Civil Veterinary Dept. Bombay admin report 1914-1922 - 1914-1922
Year: 1914
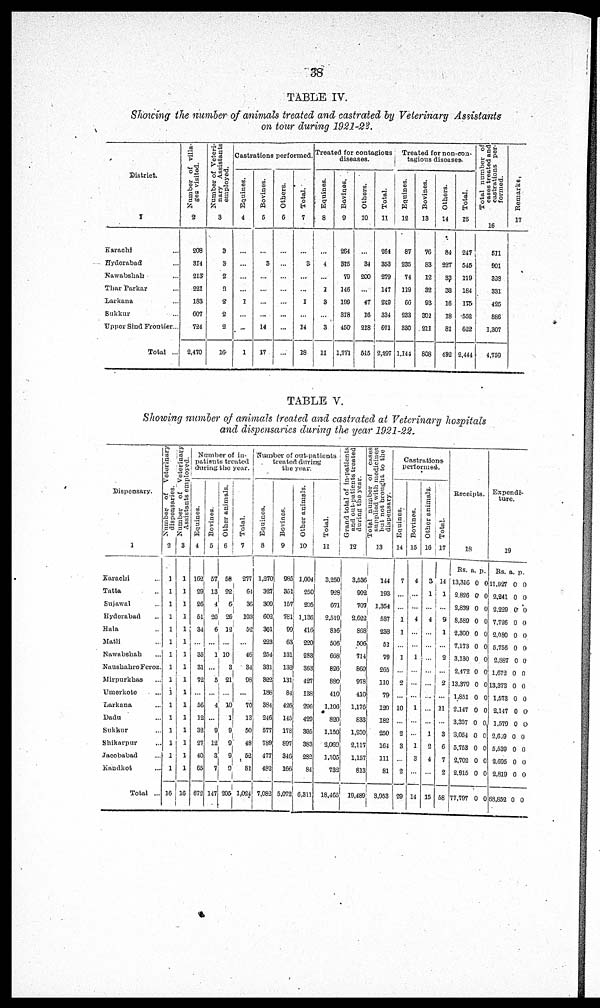
38
TABLE IV.
Showing the number of animals treated and castrated by Veterinary Assistants
on tour during 1921-22.
District.
1
Karachi ...
Hyderabad ...
Nawabshah ...
Thar Parkar ...
Larkana ...
Sukkur ...
Upper Sind Frontier ...
Total ...
Number of villa-
ges visited.
2
208
314
213
221
183
607
724
2,470
Number of Veteri-
nary Assistants
employed.
3
3
3
2
9
2
2
2
16
Castrations performed.
Equines.
4
...
...
...
...
1
...
...
1
Bovines.
5
...
3
...
...
...
...
14
17
Others.
6
...
...
...
...
...
...
...
...
Total.
7
...
3
...
...
1
...
14
18
Treated for contagions
diseases.
Equines.
8
...
4
...
1
3
...
3
11
Bovines.
9
264
315
79
146
199
318
450
1,771
Others.
10
...
34
200
...
47
16
218
515
Total.
11
264
353
279
147
249
334
671
2,297
Treated for non-con-
tagious diseases.
Equines.
12
87
235
74
119
66
233
330
1,144
Bovines.
13
76
83
12
32
93
301
211
808
Others.
14
84
227
33
33
16
18
81
492
Total.
15
247
545
119
184
175
552
622
2,444
Total number of
cases treated and
castrations per-
formed.
16
511
901
398
331
425
886
1,307
4,759
Remarks.
17
TABLE V.
Showing number of animals treated and castrated at Veterinary hospitals
and dispensaries during the year 1921-22.
Dispensary.
1
Karachi ...
Tatta ...
Sujawal ...
Hyderabad ...
Hala ...
Matli ...
Nawabshah ...
Naushahro Feroz.
Mirpurkhas ...
Umerkote ...
Larkana ...
Dadu ...
Sukkur ...
Shikarpur ...
Jacobabad ...
Kandkot ...
Total ...
Number of Veterinary
dispensaries.
2
1
1
1
1
1
1
1
1
1
1
1
1
1
1
1
1
16
Number of Veterinary
Assistants employed.
3
1
1
1
1
1
1
1
1
1
1
1
1
1
1
1
1
16
Number of in-
patients treated
during the year.
Equines.
4
162
29
26
51
34
...
35
31
72
...
56
12
32
27
40
65
672
Bovines.
5
57
13
4
26
6
...
1
...
5
...
4
...
9
12
3
7
147
Other animals.
6
58
22
6
26
12
...
10
3
21
...
10
1
9
9
9
9
205
Total.
7
277
64
36
103
52
...
46
34
98
...
70
13
50
48
52
81
1,024
Number of out-patients
treated during
the year.
Equines.
8
1,270
327
309
602
301
223
254
331
322
188
384
246
577
789
477
482
7,082
Bovines.
9
985
351
157
781
99
63
131
132
131
84
426
145
178
897
346
166
5,072
Other animals.
10
1,004
250
205
1,136
416
220
283
363
427
138
296
429
395
383
282
84
6,311
Total.
11
3,250
928
671
2,519
816
506
668
826
880
410
1,106
820
1,150
2,069
1,105
732
18,465
Grand total of in-patients
and out-patients treated
during the year.
12
3.536
992
707
2,622
868
506
714
860
978
410
1,176
633
1,200
2,117
1,157
813
19,489
Total number
of casus
supplied with medicines
but not brought to the
dispensary.
13
144
193
1,354
537
233
51
79
265
110
79
120
182
250
164
111
81
3,953
Castrations
performed.
Equines.
14
7
...
...
1
1
...
1
...
2
...
10
...
2
3
...
2
29
Bovines.
15
4
...
...
4
...
...
1
...
...
...
1
...
...
1
3
...
14
Other animals.
16
3
1
...
4
...
...
...
...
...
...
...
1
2
4
...
15
Total.
17
14
1
...
9
1
...
2
...
2
...
11
...
3
6
7
2
58
Receipts.
18
Rs.
13,316
2,826
2,839
8,589
2,300
7,173
3,130
2,472
13,379
1,851
2,147
3,357
3,051
5,753
2,702
2,915
77,797
a.
0
0
0
0
0
0
0
0
0
0
0
0
0
0
0
0
0
p.
0
0
0
0
0
0
0
0
0
0
0
0
0
0
0
0
0
Expendi-
ture
19
Rs.
11,927
2,241
2,229
7,726
2,080
5,756
2,887
1,672
13,373
1,573
2,147
1,579
2,609
5,539
2,695
2,819
68,852
a.
0
0
0
0
0
0
0
0
0
0
0
0
0
0
0
0
0
p.
0
0
0
0
0
0
0
0
0
0
0
0
0
0
0
0
0